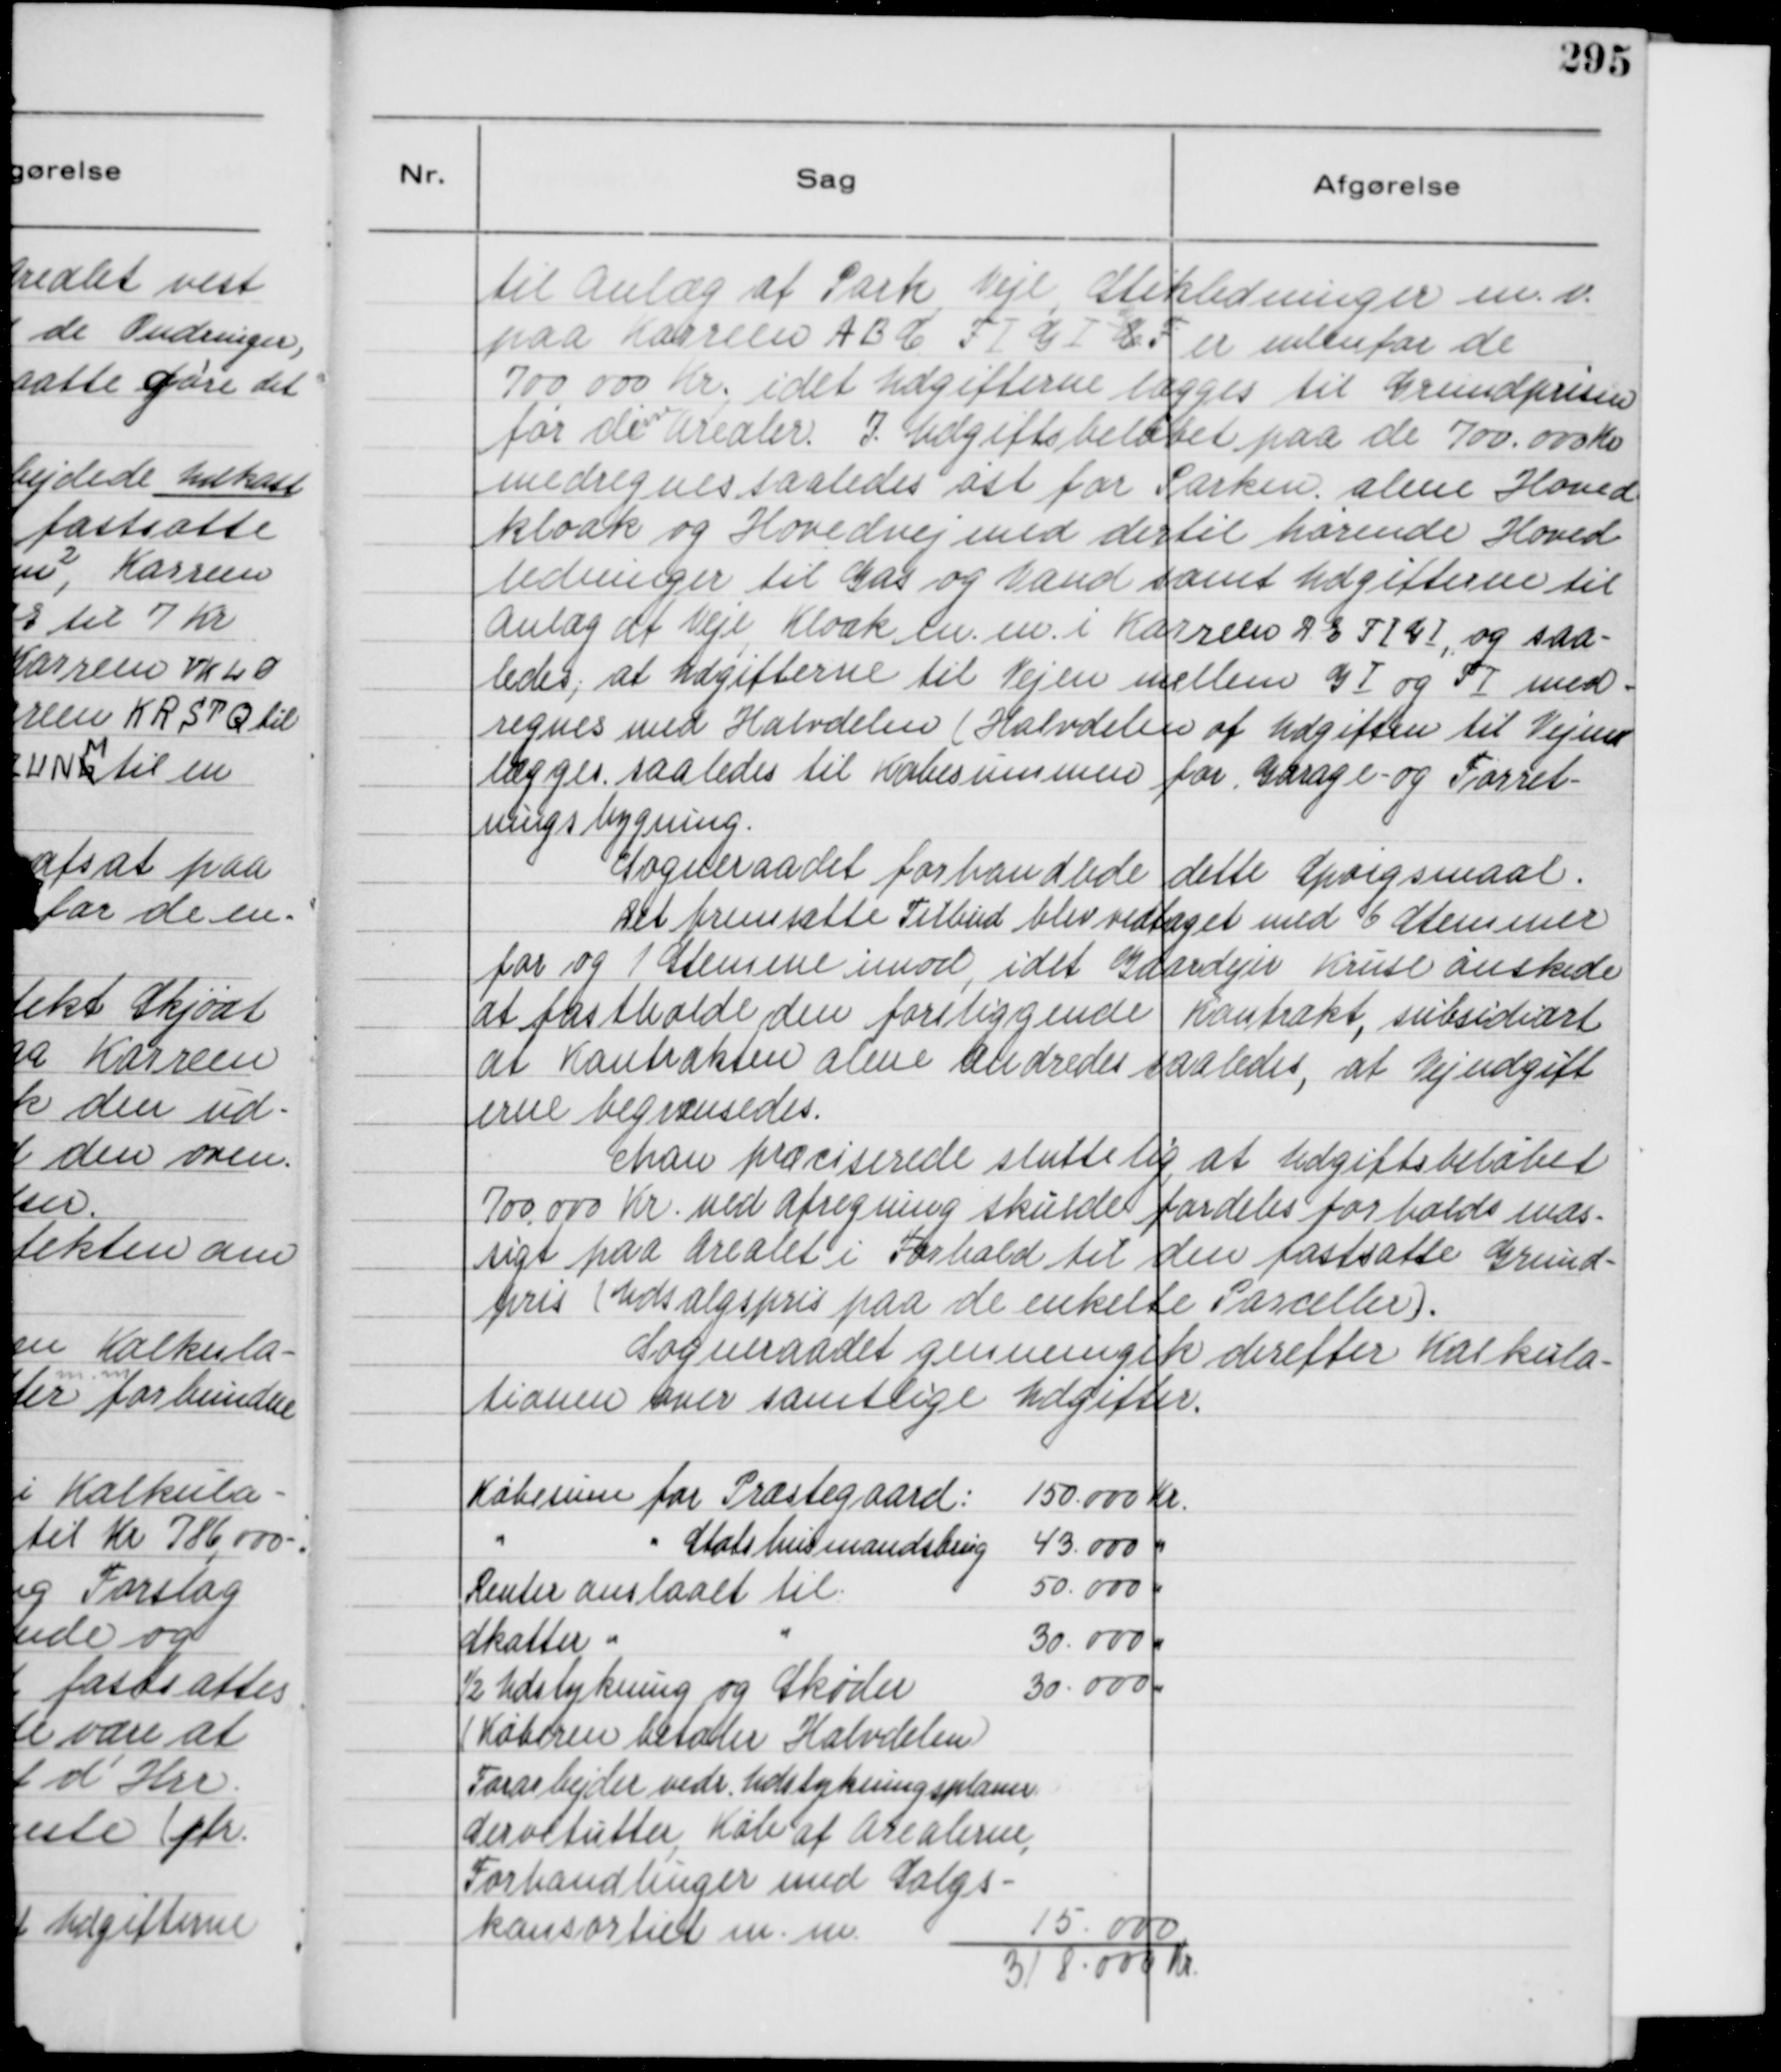
Transskription:
til Anlæg af Park, Veje, Stikledninger m. v.
paa Karreen A B C F I G I C
G
F er udenfor de
700.000 Kr., idet Udgifterne lægges til Grundprisen
for disse
Arealer. I Udgiftsbeløbet paa de 700.000 Kr
medregnes saaledes øst for Parken alene Hoved
kloak og Hovedvej med dertil hørende Hoved-
ledninger til Gas og Vand samt Udgifterne til
Anlæg af Veje, Kloak m. m. i Karreen D E F I G I, og saa-
ledes, at Udgifterne til Vejen mellem G I og F I med-
regnes med Halvdelen ( Halvdelen af Udgiften til Vejene
lægges saaledes til Købesummen for Garage- og Forret-
ningsbygning.
Sogneraadet forhandlede dette Spørgsmaal.
Det fremsatte Tilbud blev vedtaget med 6 Stemmer
for og 1 Stemme imod, idet Gaardejer Kruse ønskede
at fastholde den foreliggende Kontrakt, subsidiært
at Kontrakten alene ændredes saaledes, at Vejudgift
erne begrænsedes.
Man præciserede sluttelig, at Udgiftsbeløbet
700.000 Kr. ved Afregning skulde fordeles forholdsmæs-
sigt paa Arealet i Forhold til den fastsatte Grund-
pris ( Udsalgspris paa de enkelte Parceller ).
Sogneraadet gennemgik derefter Kalkula-
tionen over samtlige Udgifter.
Købesum for Præstegaard:
150.000 Kr.
" 
" Statshusmandsbrug
43.000 "
Renter anslaaet til
50.000 "
Skatter "
"
30.000 "
½ Udstykning og Skøder
30.000 "
( Køberen betaler Halvdelen )
Forarbejde vedr. Udstykningsplaner.
Servitutter, Køb af Arealerne,
Forhandlinger med Salgs-
konsortiet m. m.
15.000
318.000 Kr.